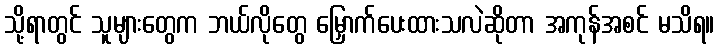
သို့ရာတွင် သူများတွေက ဘယ်လိုတွေ မြှောက်ပေးထားသလဲဆိုတာ အကုန်အစင် မသိရ။